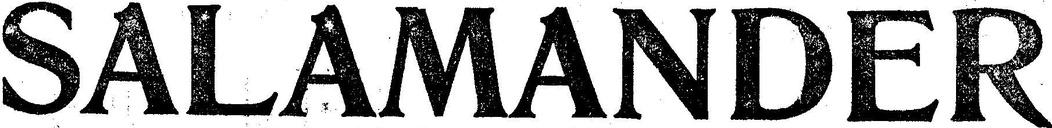
SALAMANDER